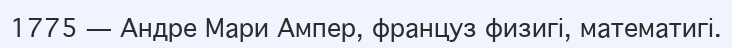
1775 — Андре Мари Ампер, француз физигі, математигі.